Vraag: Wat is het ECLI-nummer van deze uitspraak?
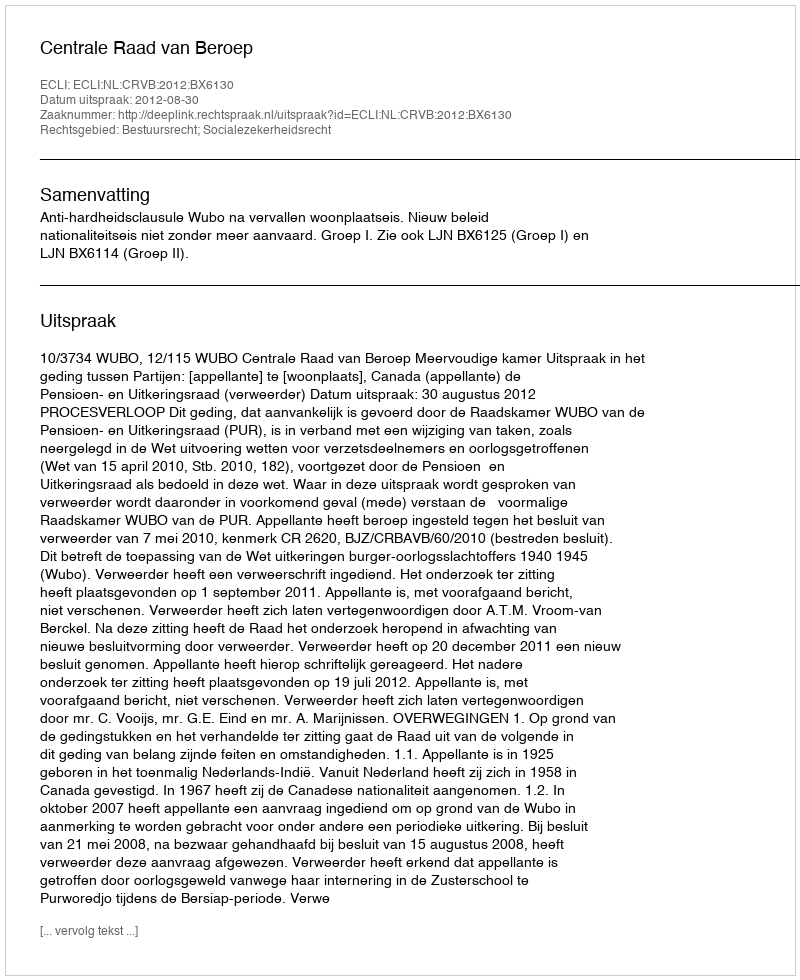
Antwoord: ECLI:NL:CRVB:2012:BX6130